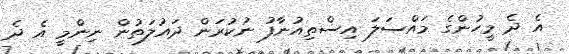
އެ ދެ މީހުންގެ މައްސަލަ އިސްތިއުނާފު ނުކުރަން ދައުލަތުން ނިންމީ އެ ދެ